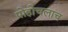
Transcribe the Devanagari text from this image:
पोहोचलाच